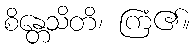
စိန္တေသိတိ၊ ကြံ၏။